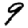
Digit: 9